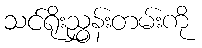
သင်ရိုးညွှန်းတမ်းကို